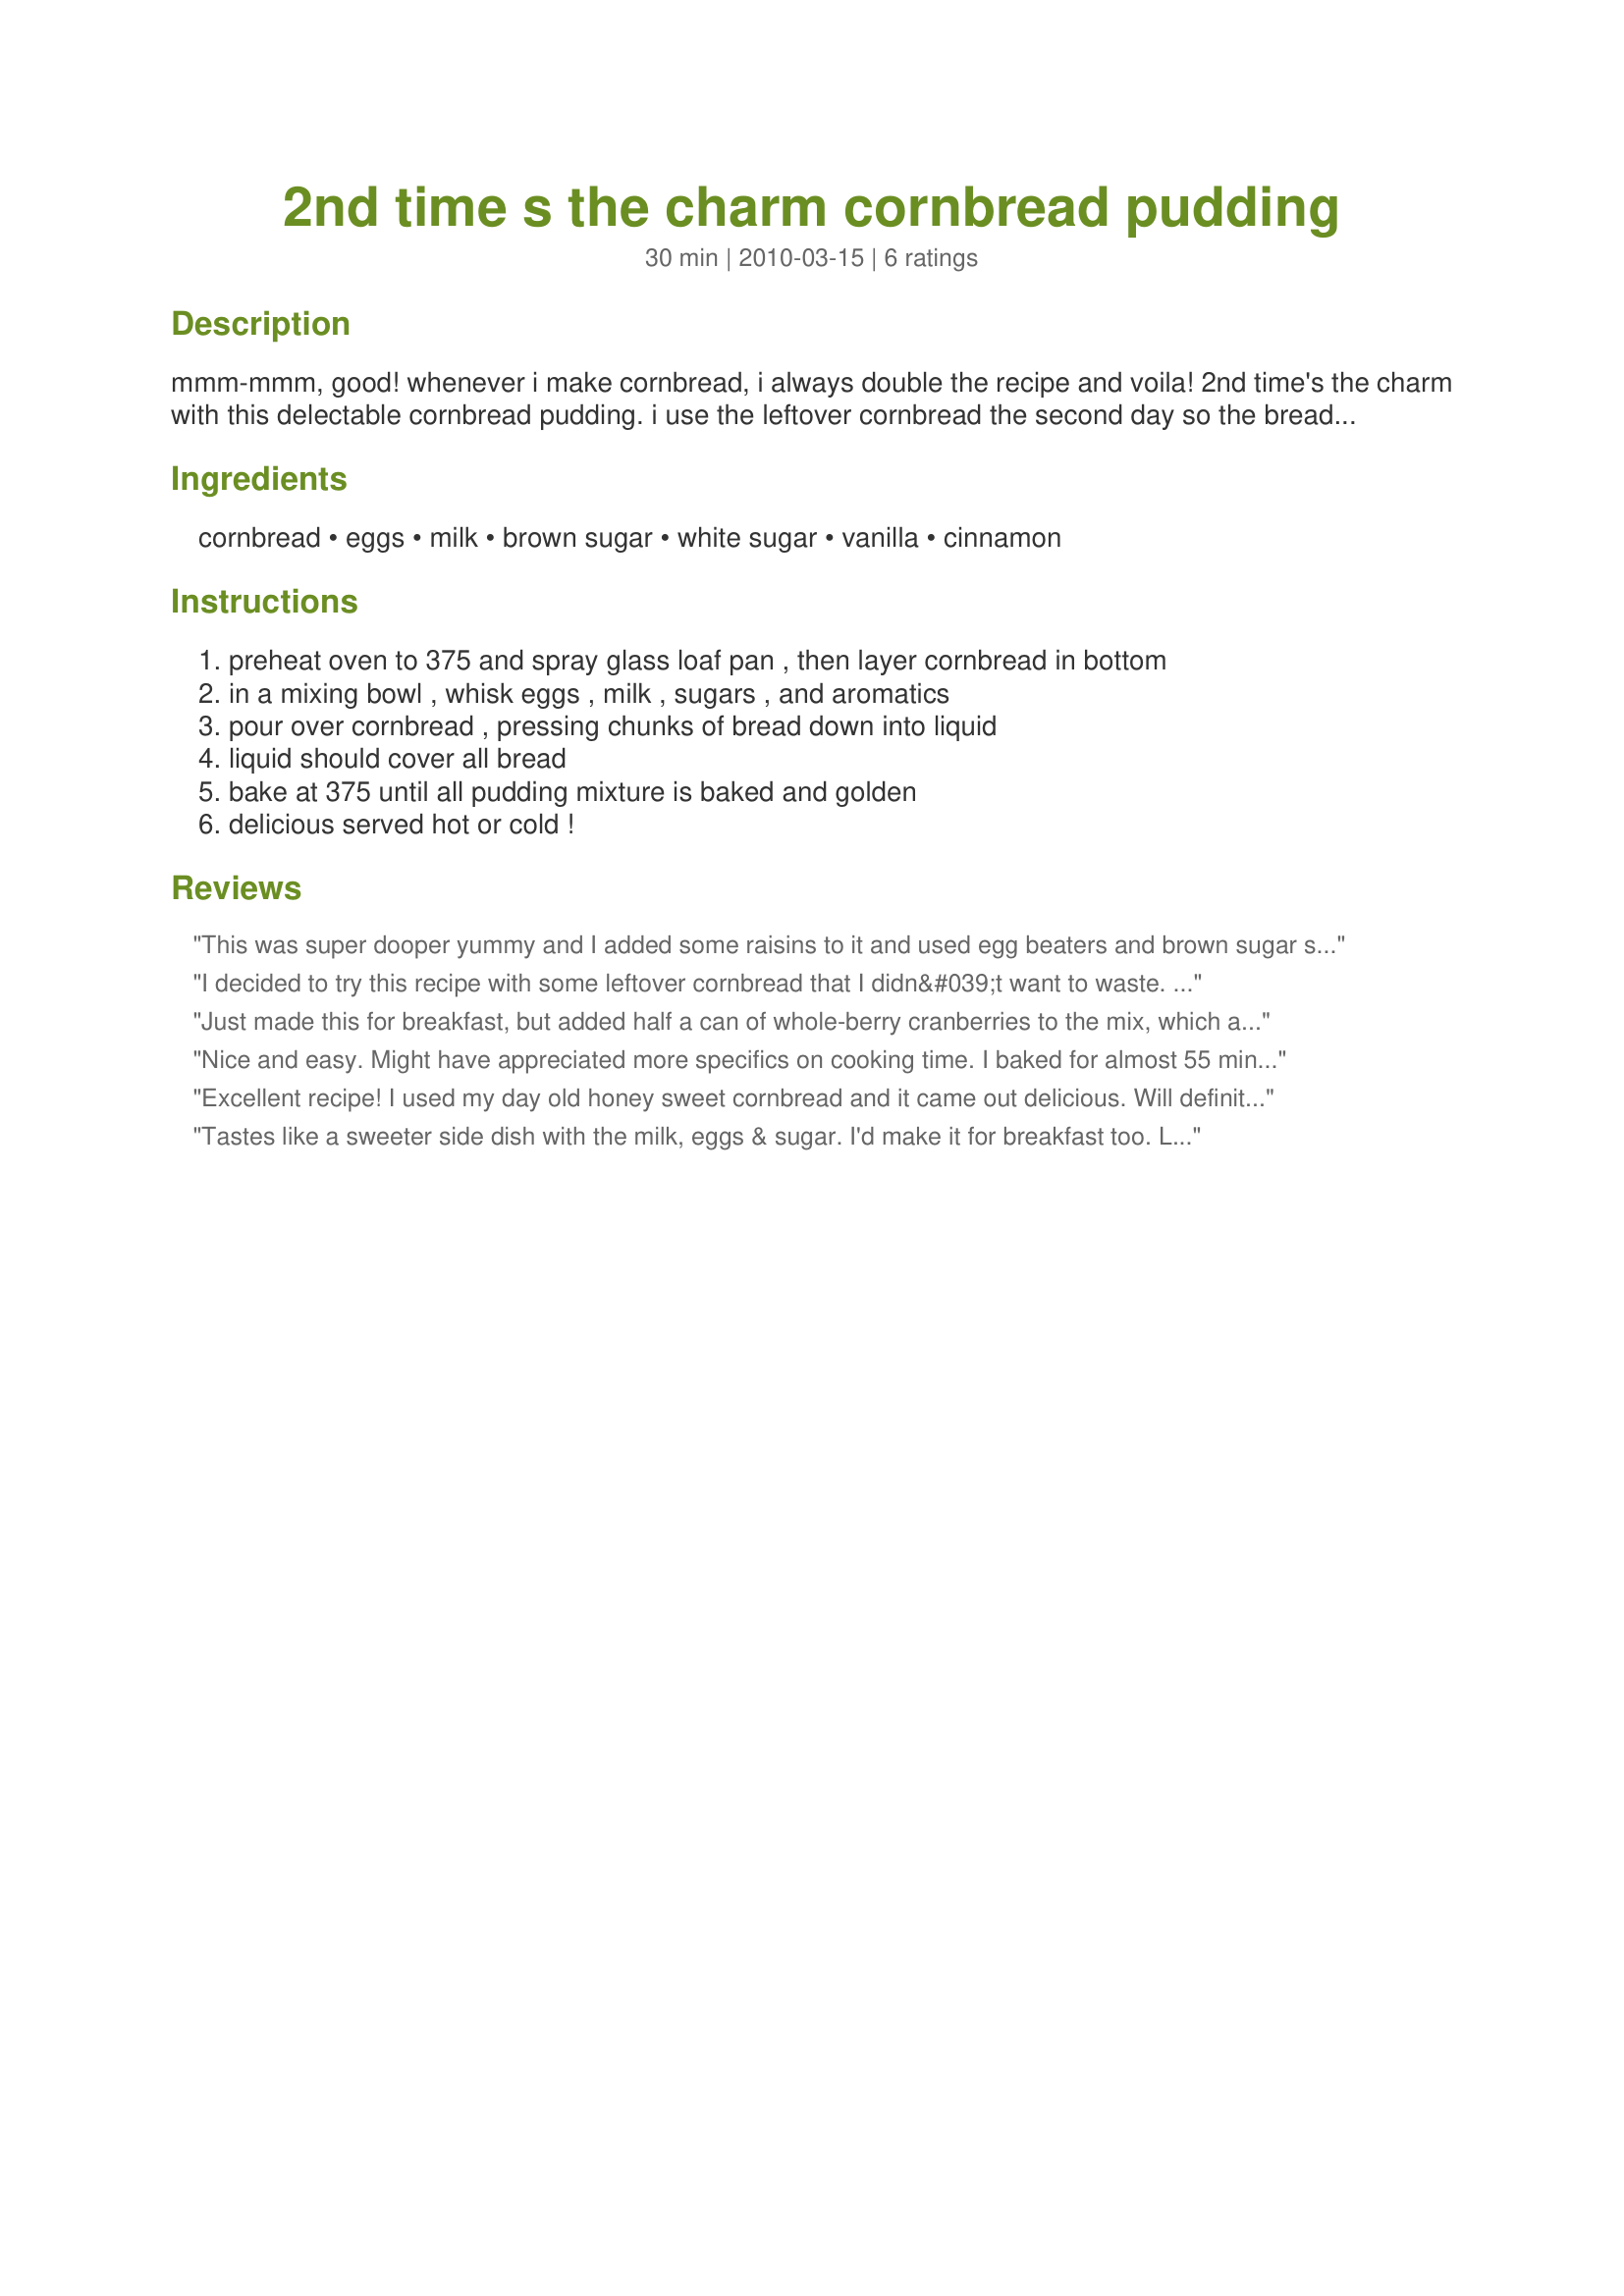
2nd time s the charm cornbread pudding
Preparation time: 30 minutes

mmm-mmm, good! whenever i make cornbread, i always double the recipe and voila! 2nd time's the charm with this delectable cornbread pudding. i use the leftover cornbread the second day so the bread sops up all the delicious pudding!

Ingredients:
cornbread, eggs, milk, brown sugar, white sugar, vanilla, cinnamon

Steps:
preheat oven to 375 and spray glass loaf pan , then layer cornbread in bottom, in a mixing bowl , whisk eggs , milk , sugars , and aromatics, pour over cornbread , pressing chunks of bread down into liquid, liquid should cover all bread, bake at 375 until all pudding mixture is baked and golden, delicious served hot or cold !

Reviews:
This was super dooper yummy and I added some raisins to it and used egg beaters and brown sugar splenda. So so so good! I have had it cold and it is still yummy!
I decided to try this recipe with some leftover cornbread that I didn&#039;t want to waste. I&#039;ve never heard of cornbread pudding, so I went into it with a &quot;what do I have to lose&quot; attitude. I was pleasantly surprised! This pudding turned out to be absolutely delicious! Even my picky boyfriend - who was very dubious about the endeavor - actually loved it. My only complaint is the vagueness of the cooking directions and the author not including a description of the finished product, mainly describing what the proper consistency should be. I cooked mine for 60 minutes and still wasn&#039;t sure if it was done. I was just about to put it back in the oven when I decided to Google Cornbread Pudding and, after a bit of reading, found that the dish should have a custard-like consistency. If so, I probably left mine in the oven a bit too long. It was still soft and very moist inside, but cooked beyond what I would consider to be custard-like. Probably 50 To 55 minutes in the oven would have been perfect. However, I still liked the cakey/pudding-like consistency and was happy with the finished product. I&#039;ll definitely make this again whenever I have extra or leftover cornbread, but I will take it out of the oven sooner. I did post photos of my finished dish if anyone is interested.
Just made this for breakfast, but added half a can of whole-berry cranberries to the mix, which adds sweetness and more depth of flavor. I&#039;d imagine adding some toasted almond slices would&lt;br/&gt;add crunch and more flavor, have to try that next time! 25 min at 380F seemed to be adequate baking time, didn&#039;t dry it out but set the custard nicely.
Nice and easy. Might have appreciated more specifics on cooking time. I baked for almost 55 minutes.
Excellent recipe! I used my day old honey sweet cornbread and it came out delicious. Will definitely be logging this one with my favorites :) mmm
Tastes like a sweeter side dish with the milk, eggs & sugar. I'd make it for breakfast too. Like the other review, it took about an hour to bake. Adjust your cooking time and you're set.
